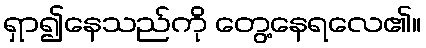
ရှာ၍နေသည်ကို တွေ့နေရလေ၏။